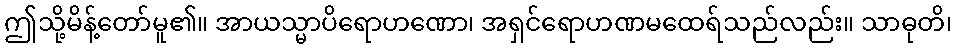
ဤသို့မိန့်တော်မူ၏။ အာယသ္မာပိရောဟဏော၊ အရှင်ရောဟဏမထေရ်သည်လည်း။ သာဓုတိ၊